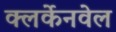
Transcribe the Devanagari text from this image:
क्लर्केनवेल